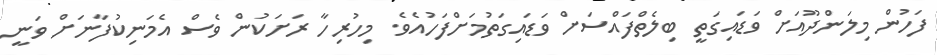
ފަހުން މިލަންދޫއަށް ވަޑައިގަތީ ބިލެތްފައްސަށް ވަޑައިގަތުމަށްފަހުއެވެ. މިހުރިހާ ރަށަކުން ވެސް އެމަނިކުފާނަށް ވަނީ